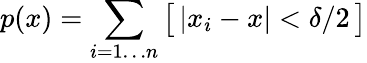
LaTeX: p(x)=\sum_{i=1\ldots n}\big[\, |x_{i}-x|<\delta/2\, \big]